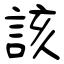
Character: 該